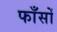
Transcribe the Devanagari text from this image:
फाँसों